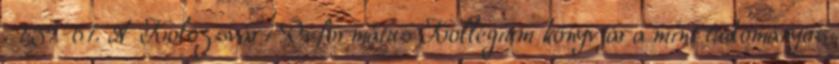
. 1:59-61. A Kolozsvári Református Kollégium könyvtára mint tudományos